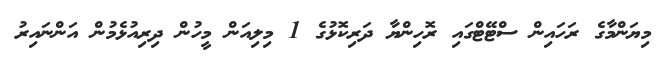
މިޔަންމާގެ ރަހައިން ސްޓޭޓްގައި ރޮހިންޔާ ދަރިކޮޅުގެ 1 މިލިއަން މީހުން ދިރިއުޅެމުން އަންނައިރު